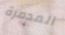
المدمرة